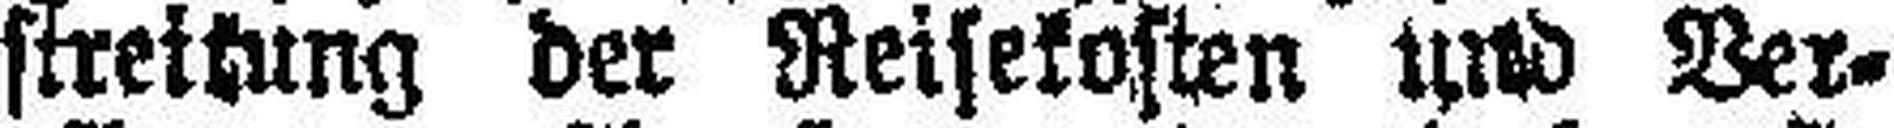
streitung der Reisekosten sind Ver¬